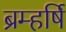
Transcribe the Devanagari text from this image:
ब्रम्हर्षि